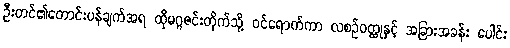
ဦးတင်၏တောင်းပန်ချက်အရ ထိုမဂ္ဂဇင်းတိုက်သို့ ဝင်ရောက်ကာ လစဉ်ဝတ္ထုနှင့် အခြားအခန်း ပေါင်း